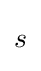
{\begin{aligned}s\end{aligned}}